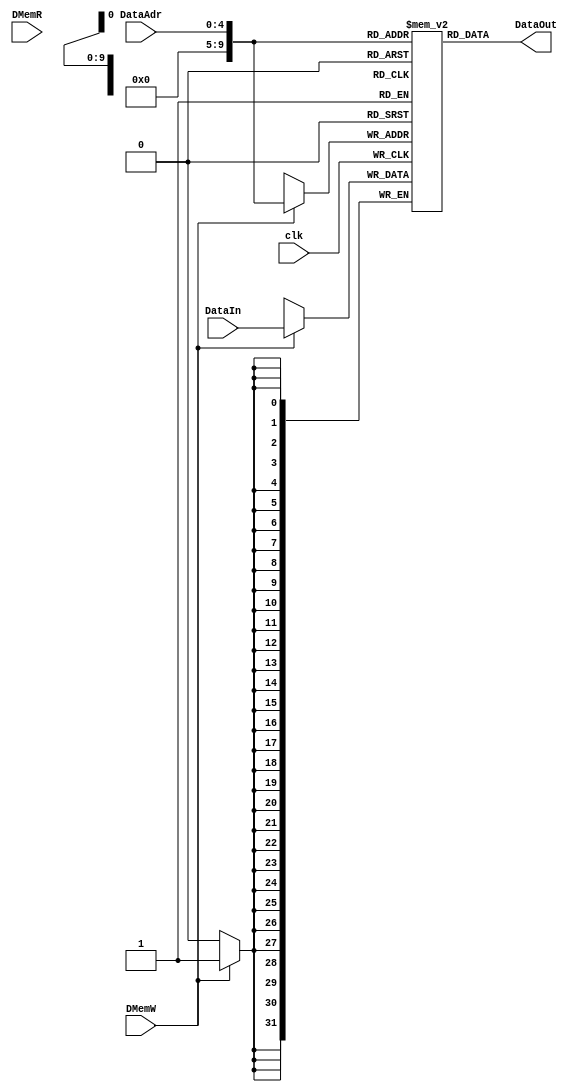

module DMem(DataOut,DataAdr,DataIn,DMemW,DMemR,clk);
	input [4:0] DataAdr;
	input [31:0] DataIn;
	input 		 DMemR;
	input 		 DMemW;
	input 		 clk;
	
	output[31:0] DataOut;
	
	reg [31:0]  DMem[1023:0];
	
	always@(posedge clk)
	begin
		if(DMemW)
			DMem[DataAdr] <= DataIn;
	end
	assign DataOut = DMem[DataAdr];
	
             	
endmodule